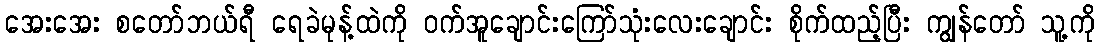
အေးအေး စတော်ဘယ်ရီ ရေခဲမုန့်ထဲကို ဝက်အူချောင်းကြော်သုံးလေးချောင်း စိုက်ထည့်ပြီး ကျွန်တော် သူ့ကို